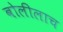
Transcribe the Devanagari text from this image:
बोलीलाच